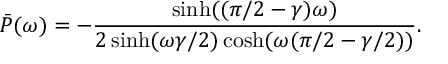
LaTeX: \bar { P } ( \omega ) = - \frac { \sinh ( ( \pi / 2 - \gamma ) \omega ) } { 2 \sinh ( \omega \gamma / 2 ) \cosh ( \omega ( \pi / 2 - \gamma / 2 ) ) } .